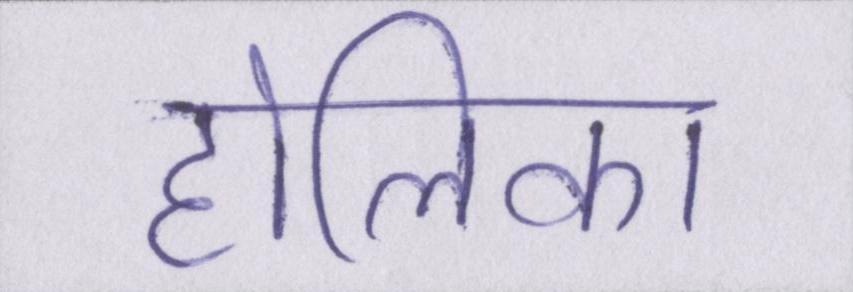
होलिका